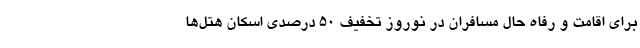
برای اقامت و رفاه حال مسافران در نوروز تخفیف ۵۰ درصدی اسکان هتل‌ها